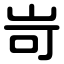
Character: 岢